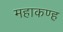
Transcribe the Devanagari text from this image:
महाकण्ह